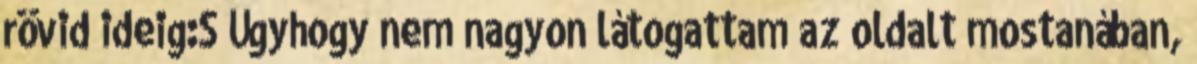
rövid ideig:S Úgyhogy nem nagyon látogattam az oldalt mostanában,